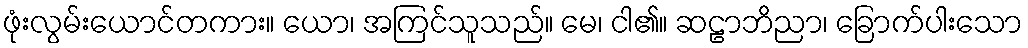
ဖုံးလွမ်းယောင်တကား။ ယော၊ အကြင်သူသည်။ မေ၊ ငါ၏။ ဆဠာဘိညာ၊ ခြောက်ပါးသော